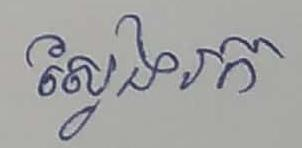
ស្វែងរក